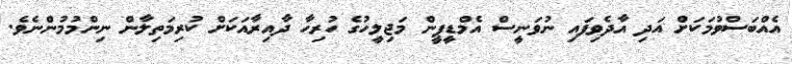
އެއްބަސްވުމަކަށް އަދި އާދެވިފައި ނުވަނީސް އެމްޑީޕީން މަޖިލީހުގެ ހުރިހާ ދާއިރާއަކަށް ކުރިމަތިލާން ނިންމުމުންނެވެ.